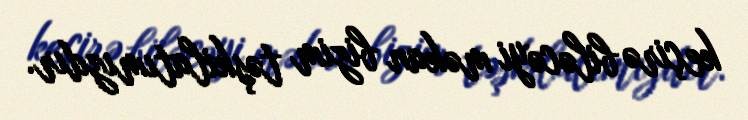
keçirə biləcəyi məkan bizim təşkilatımızdır.